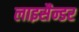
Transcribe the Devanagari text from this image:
लाइसैन्डर